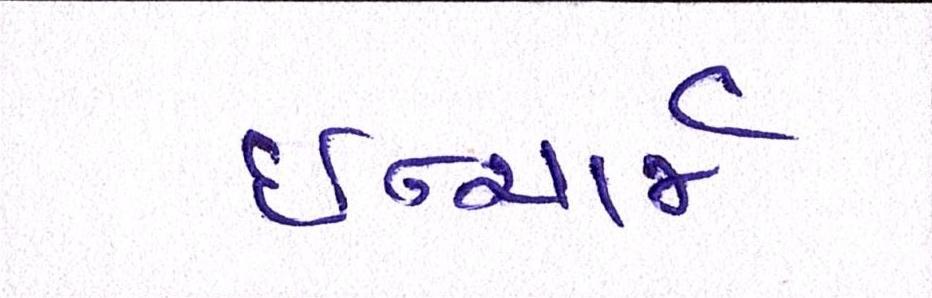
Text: ઈન્ચાર્જ